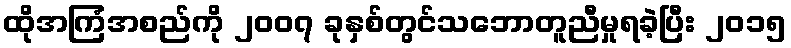
ထိုအကြံအစည်ကို ၂၀၀၇ ခုနှစ်တွင်သဘောတူညီမှုရခဲ့ပြီး ၂၀၁၅